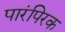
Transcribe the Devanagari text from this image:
पारंपिरक